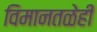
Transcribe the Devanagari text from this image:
विमानतळेही